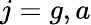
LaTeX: j=g,a